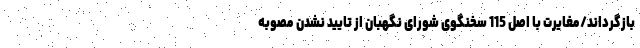
بازگرداند/مغایرت با اصل 115 سخنگوی شورای نگهبان از تایید نشدن مصوبه